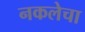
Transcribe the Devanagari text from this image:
नकलेचा